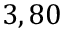
3 , 8 0